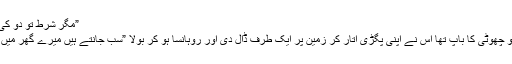
”مگر شرط تو دو کی تھی…”
وہ مرد جو چھوٹی کا باپ تھا اس نے اپنی پگڑی اتار کر زمین پر ایک طرف ڈال دی اور روہانسا ہو کر بولا ”سب جانتے ہیں میرے گھر میں ایک ہے۔